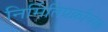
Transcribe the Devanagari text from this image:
निर्मितिप्रक्रीयेचा